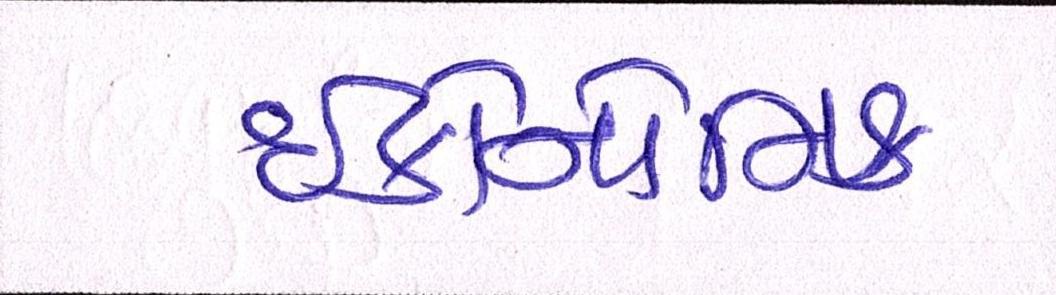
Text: ઇકોનોમિક